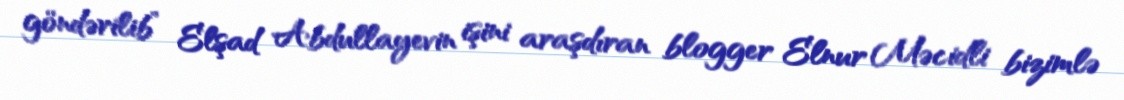
göndərilib” Elşad Abdullayevin işini araşdıran blogger Elnur Məcidli bizimlə